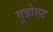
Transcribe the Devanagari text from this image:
गुडोएट